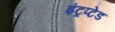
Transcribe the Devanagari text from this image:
इंट्रप्टेड